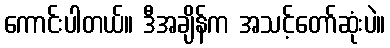
ကောင်းပါတယ်။ ဒီအချိန်က အသင့်တော်ဆုံးပဲ။